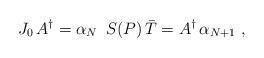
LaTeX: \begin{align*}J_0 \, A^{\dagger} = \alpha_N \,\,\, S(P) \, \bar{T} =A^{\dagger} \, \alpha_{N+1} \, \, ,\end{align*}